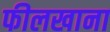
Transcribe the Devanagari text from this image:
फीलखाना